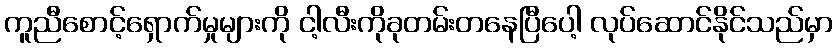
ကူညီစောင့်ရှောက်မှုများကို ငါ့လီးကိုခုတမ်းတနေပြီပေါ့ လုပ်ဆောင်နိုင်သည်မှာ